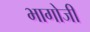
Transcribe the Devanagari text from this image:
भागोजी